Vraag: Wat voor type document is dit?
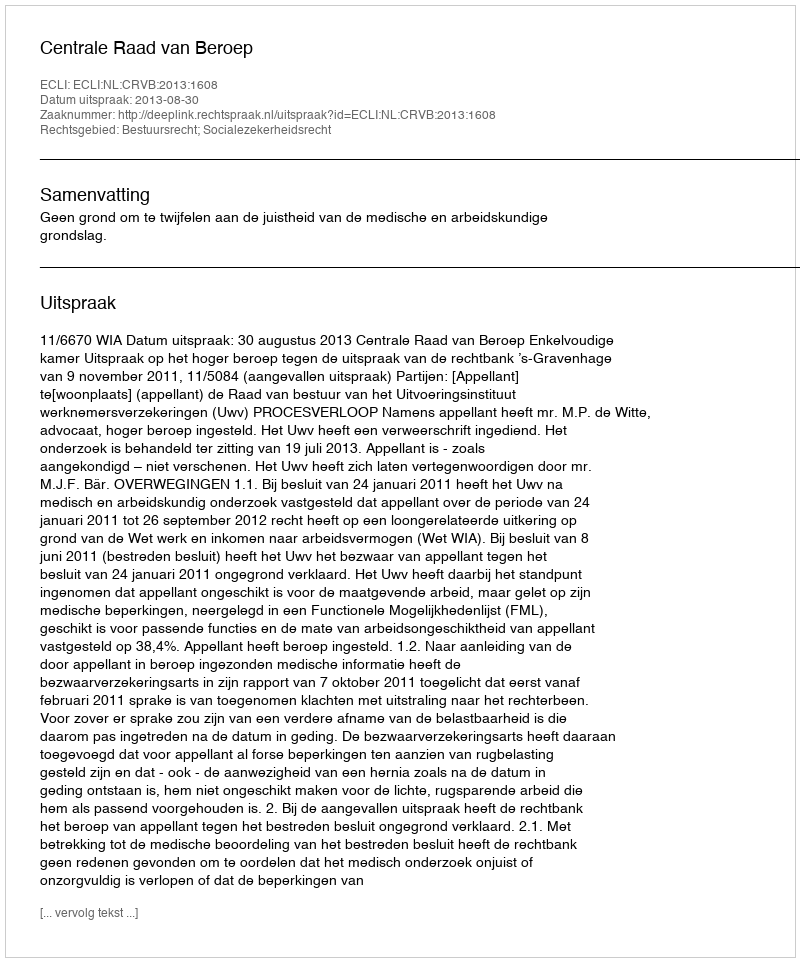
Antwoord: Uitspraak